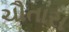
ચૌતારા